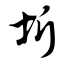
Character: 圻